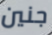
جنين